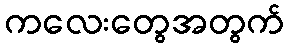
ကလေးတွေအတွက်